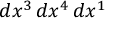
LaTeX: d x ^ { 3 } \, d x ^ { 4 } \, d x ^ { 1 }